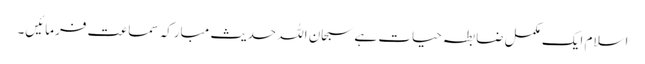
اسلام ایک مکمل ضابطہ حیات ہے سبحان اللہ حدیث مبارکہ سماعت فرمائیں۔